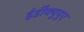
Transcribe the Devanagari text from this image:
ईडी॑क्युयुए